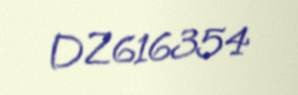
DZ616354